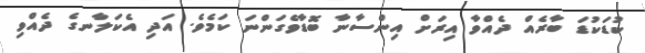
ކުޑަކުޑަ ބާރެއް ދެއްވާ އިރަށް އިންސާނާ ބޮޑާވެގަންނަ ކަމެވެ. އަދި އެކަލާނގެ ދެއްވި